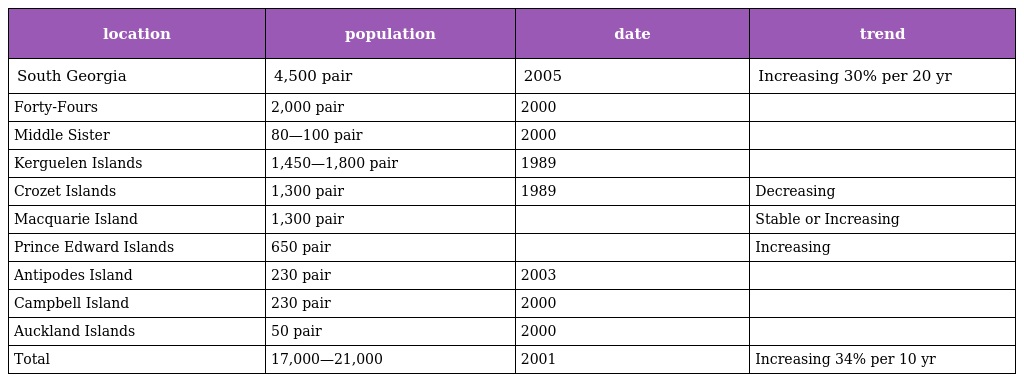
| location | population | date | trend |
 | --- | --- | --- | --- |
 | South Georgia | 4,500 pair | 2005 | Increasing 30% per 20 yr |
 | Forty-Fours | 2,000 pair | 2000 |  |
 | Middle Sister | 80—100 pair | 2000 |  |
 | Kerguelen Islands | 1,450—1,800 pair | 1989 |  |
 | Crozet Islands | 1,300 pair | 1989 | Decreasing |
 | Macquarie Island | 1,300 pair |  | Stable or Increasing |
 | Prince Edward Islands | 650 pair |  | Increasing |
 | Antipodes Island | 230 pair | 2003 |  |
 | Campbell Island | 230 pair | 2000 |  |
 | Auckland Islands | 50 pair | 2000 |  |
 | Total | 17,000—21,000 | 2001 | Increasing 34% per 10 yr |